Annual report of the Punjab Veterinary College and of the Civil Veterinary Department, Punjab - 1909-1919
Year: 1909
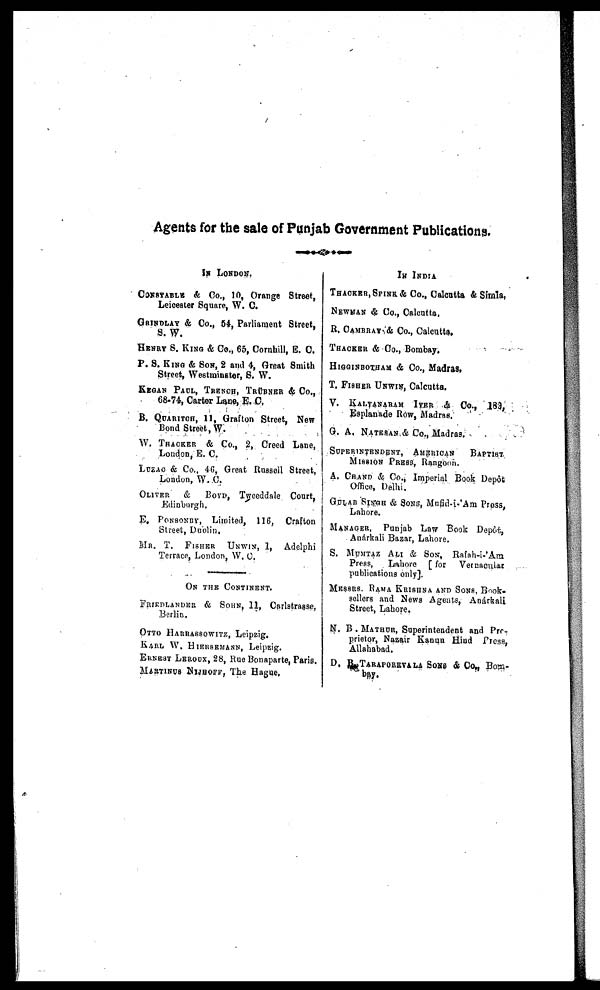
Agents for the sale of Punjab Government Publications.
IS LONDON.
CONSTABLE & Co., 10, Orange Street,
Leicester Square, W. C.
GRINDLAY & Co., 54, Parliament Street,
S. W.
HENRY S. KING & Co., 65, Cornhill, E. C.
P. S. KING & SON, 2 and 4, Great Smith
Street, Westminster, S. W.
KEGAN PAUL, TRENCH, TRÜBNER & Co.,
68-74, Carter Lane, E. C.
B. QUARITCH, 11, Grafton Street, New
Bond Street, W.
W. THACKER & Co., 2, Creed Lane,
London, E. C.
LUZAO & Co., 46, Groat Russell Street,
London, W. C.
OLIVER
& BOYD, Tweeddale Court,
Edinburgh.
E. PONSONDY, Limited, 116, Crafton
Street, Duolin.
MR. T.
FISHER
UNWIN, 1, Adelphi
Terrace, London, W. 0.
ON THE CONTINENT.
FRIRDLANDER & SOHN, 11, Carlstrasse,
Berlin.
OTTO HARRASSOWITZ, Leipzig.
KARL W. HIERSEMANN, Leipzig.
ERNEST LEROUX, 28, Rue Bonaparte, Paris.
MARTINUS NWHOFF, The Hague,
IN INDIA
THACKER, SPINR & Co., Calcutta & Simla,
NEWMAN & Co., Calcutta,
R. CAMBRAY & CO., Calcutta,
THACKER & Co., Bombay.
HIGGINBOTHAM & Co., Madras,
T. FISHER UNWIN, Calcutta.
V. KALYANARAM IYER & Co.,
183,
Esplanade Row, Madras.
G. A. NATESAN & Co., Madras.
SUPERINDENT,
AMERICAN
BAPIST
MISSION PRESS, Rangoon.
A. CHAND & Co., Imperial Book Depôt
Office, Delhi.
GULAB SINGH & SONS, Mufid-i-'Am Press,
Lahore.
MANAGER, Punjab Law Book Depôt,
Anárkali Bazar, Lahore.
S. MUMTAJ ALI & SON, Rafah-i-'Am
Press, Lahore [ for Vernacular
publications only].
MESSRS. RAMA KRISHNA AND SONS, Book-
sellers and News Agents, Anárkali
Street, Lahore.
N. B . MATHUR, Superintendent and Pro-
prietor, Nazair Kanun Hind Press,
Allahabad.
D. B. TARAPOREVALLA SONS & Co., Bom-
bay.